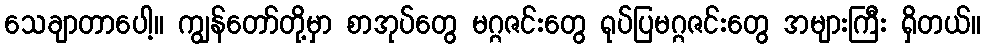
သေချာတာပေါ့။ ကျွန်တော်တို့မှာ စာအုပ်တွေ မဂ္ဂဇင်းတွေ ရုပ်ပြမဂ္ဂဇင်းတွေ အများကြီး ရှိတယ်။